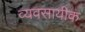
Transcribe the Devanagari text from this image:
व्यवसायीक